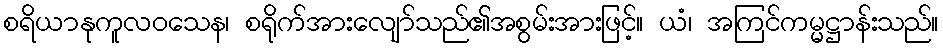
စရိယာနုကူလဝသေန၊ စရိုက်အားလျော်သည်၏အစွမ်းအားဖြင့်။ ယံ၊ အကြင်ကမ္မဋ္ဌာန်းသည်။